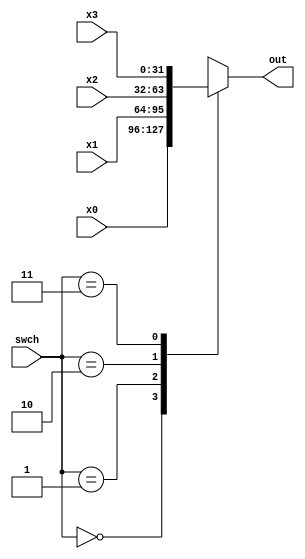
module Mux_4_to_1 (
    input [31:0] x0,
    input [31:0] x1,
    input [31:0] x2,
    input [31:0] x3,
    input [1:0] swch, 
    output reg [31:0] out
    );

    always @(*) begin
        case (swch)
            2'b00: out = x0;
            2'b01: out = x1;
            2'b10: out = x2;
            2'b11: out = x3;
        endcase
    end

endmodule